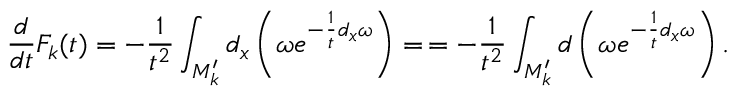
\frac { d } { d t } { \cal F } _ { k } ( t ) = - \frac { 1 } { t ^ { 2 } } \int _ { { \cal M } _ { k } ^ { \prime } } d _ { x } \left( \omega e ^ { - \frac { 1 } { t } d _ { x } \omega } \right) = \, = - \frac { 1 } { t ^ { 2 } } \int _ { { \cal M } _ { k } ^ { \prime } } d \left( \omega e ^ { - \frac { 1 } { t } d _ { x } \omega } \right) .